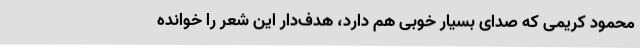
محمود کریمی که صدای بسیار خوبی هم دارد، هدف‌دار این شعر را خوانده